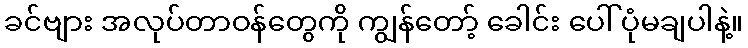
ခင်ဗျား အလုပ်တာဝန်တွေကို ကျွန်တော့် ခေါင်း ပေါ် ပုံမချပါနဲ့။